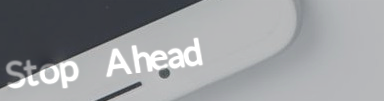
Stop Ahead